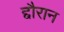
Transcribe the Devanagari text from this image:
द्दौरान